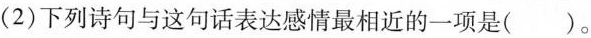
(2)下列诗句与这句话表达感情最相近的一项是( )。